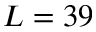
L = 3 9